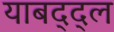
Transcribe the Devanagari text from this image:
याबद्द्ल